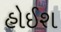
હોઈશ